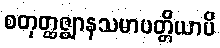
စတုတ္ထဇ္ဈာနသမာပတ္တိယာပိ